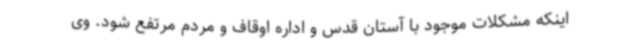
اینکه مشکلات موجود با آستان قدس و اداره اوقاف و مردم مرتفع شود. وی